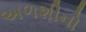
અળશીનો